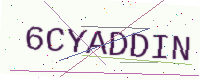
Text: 6CYADDIN